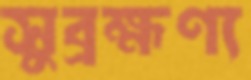
সুব্রহ্মণ্য